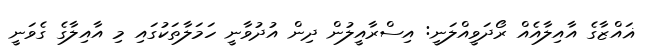
ޣައްޒާގެ އާއިލާއެއް ރޯދަވީއްލަނީ: އިސްރާއީލުން ދިން އުދުވާނީ ހަމަލާތަކުގައި މި އާއިލާގެ ގެވަނީ